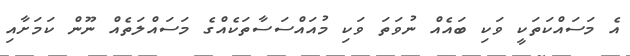
އެ މަސައްކަތަކީ ވަކި ބައެއް ނުވަތަ ވަކި މުއައްސަސާތަކެއްގެ މަސައްލަތެއް ނޫން ކަމަށާއި